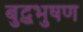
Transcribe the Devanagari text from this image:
बुद्धभुषण